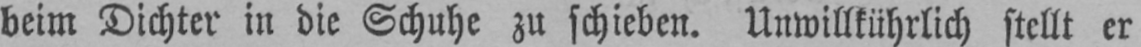
beim Dichter in die Schuhe zu schieben. Unwillkührlich stellt er